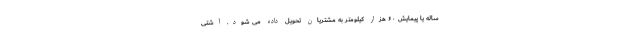
ساله یا پیمایش ۶۰ هزار کیلومتر به مشتریان تحویل داده می شود. آشتی